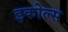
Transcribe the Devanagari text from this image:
इकोल्स